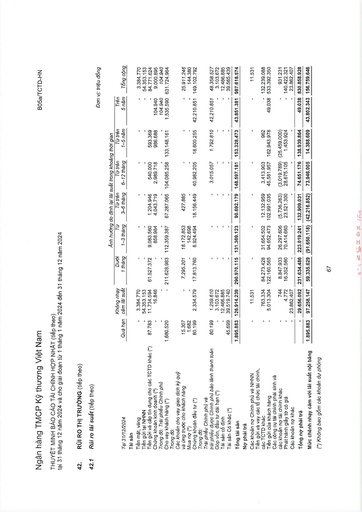
|||||Ảnh hưởng|do đinh lại lãi|suất trong khoảng|thời gian||| |---|---|---|---|---|---|---|---|---|---|